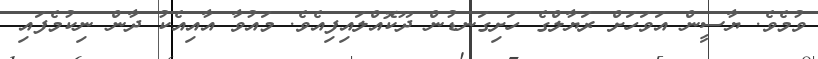
ވުމެވެ. ޔާސީން އަވަހަށް ރަޔާލްގެ ހަށިގަނޑުން ދޫކޮއްލައިފިއެވެ. މައުވާ އާއިއެކު ދާން ނިކުމެފައި